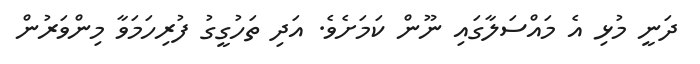
ދަނީ މުޅި އެ މައްސަލާގައި ނޫން ކަމަށެވެ. އަދި ތަހުގީގު ފުރިހަމަވާ މިންވަރުން